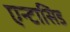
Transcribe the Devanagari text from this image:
एन्टासिड